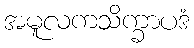
အမူလကသိက္ခာပဒံ